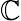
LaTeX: \cal{\mathbb{C}}